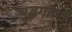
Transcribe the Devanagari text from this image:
युद्धगाणी